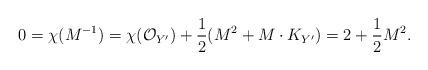
LaTeX: \begin{align*}0=\chi(M^{-1})=\chi(\mathcal{O}_{Y^{\prime}})+\frac{1}{2}(M^2+M\cdot K_{Y^{\prime}})=2+\frac{1}{2}M^2.\end{align*}